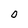
Character: O